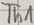
Text: Th1